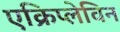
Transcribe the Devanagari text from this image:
एक्रिप्लेविन